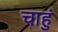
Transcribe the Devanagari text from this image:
चाहुं